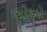
ભીખો